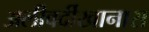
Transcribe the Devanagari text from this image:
अलीवर्दीखानास